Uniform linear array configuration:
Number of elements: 32
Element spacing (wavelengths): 1
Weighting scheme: hamming
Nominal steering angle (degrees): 15
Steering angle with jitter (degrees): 16.073
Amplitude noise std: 0.05
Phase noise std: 0.05

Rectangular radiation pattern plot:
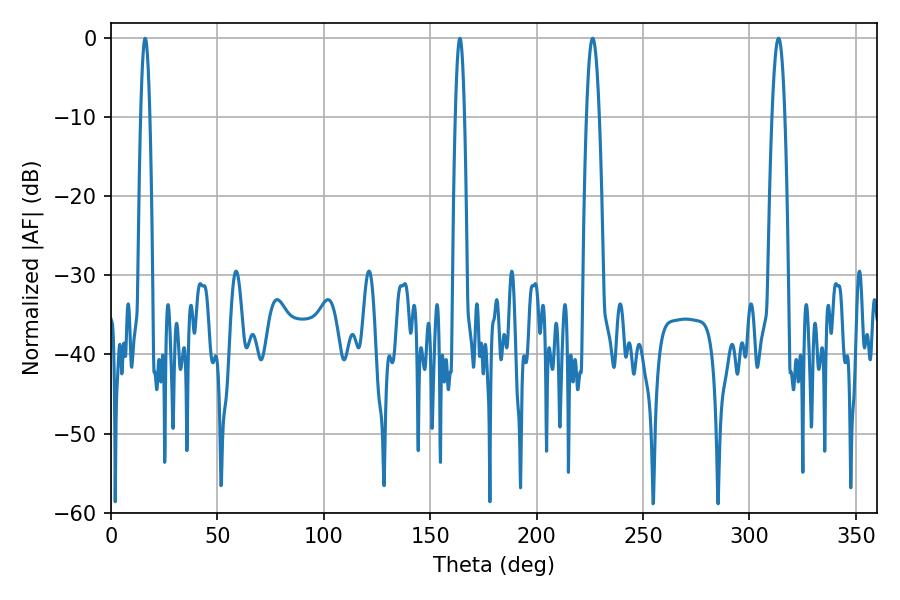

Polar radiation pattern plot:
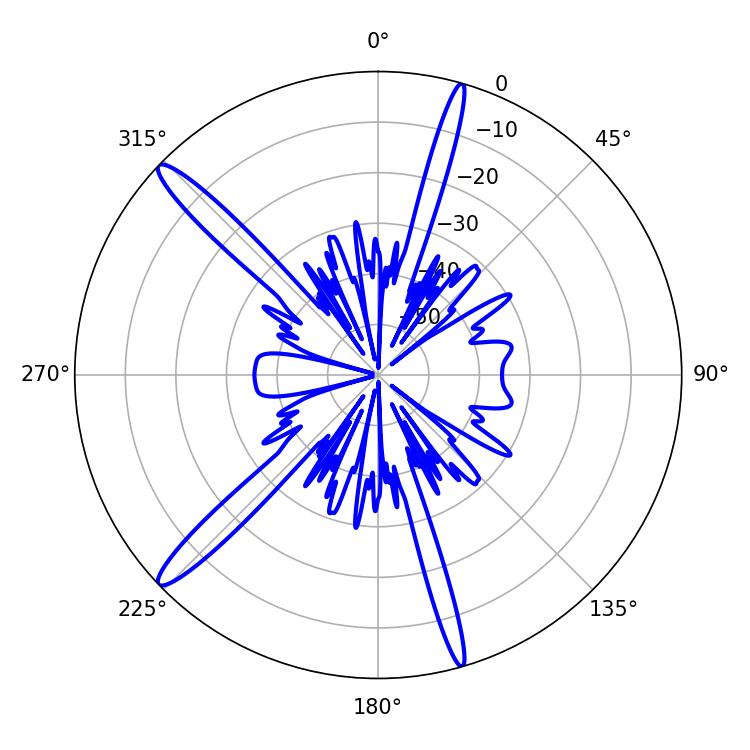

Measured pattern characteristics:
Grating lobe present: TRUE
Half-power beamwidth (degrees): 2.34
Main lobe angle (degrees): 16.02